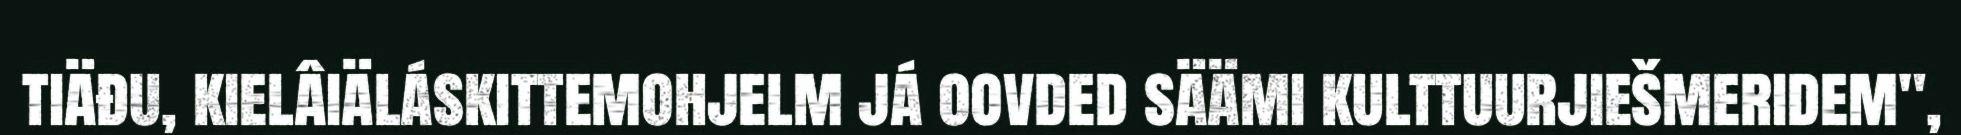
tiäđu, kielâiäláskittemohjelm já oovded säämi kulttuurjiešmeridem",